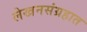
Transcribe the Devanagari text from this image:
लेखनसंग्रहात